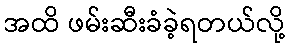
အထိ ဖမ်းဆီးခံခဲ့ရတယ်လို့